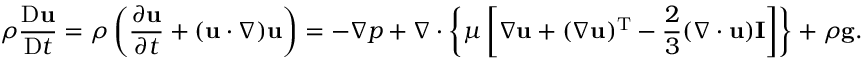
\rho { \frac { \mathrm { D } \mathbf { u } } { \mathrm { D } t } } = \rho \left( { \frac { \partial \mathbf { u } } { \partial t } } + ( \mathbf { u } \cdot \nabla ) \mathbf { u } \right) = - \nabla p + \nabla \cdot \left\{ \mu \left[ \nabla \mathbf { u } + ( \nabla \mathbf { u } ) ^ { \mathrm { T } } - { \frac { 2 } { 3 } } ( \nabla \cdot \mathbf { u } ) \mathbf { I } \right] \right\} + \rho \mathbf { g } .